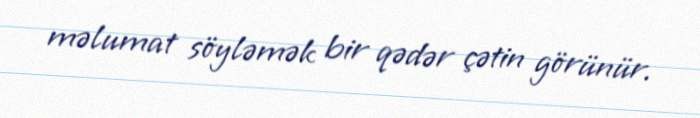
məlumat söyləmək bir qədər çətin görünür.